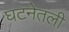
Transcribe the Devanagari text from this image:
घटनेतली